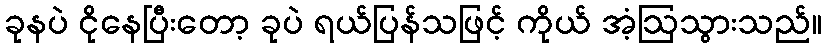
ခုနပဲ ငိုနေပြီးတော့ ခုပဲ ရယ်ပြန်သဖြင့် ကိုယ် အံ့ဩသွားသည်။